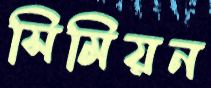
সিমিয়ন